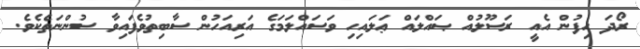
ރޯދަ ހިފުން އެއީ ރަސޫލުއް ޞައްލައް ޢަލައިހި ވަސައްލަމަގެ އަރިއަހުން ސާބިތުވެފައިވާ ސުންނަތެކެވެ.